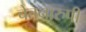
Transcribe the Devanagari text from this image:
चेतनारुपी